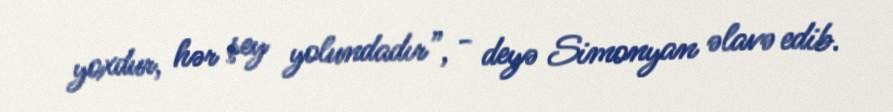
yoxdur, hər şey yolundadır”, - deyə Simonyan əlavə edib.